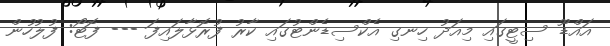
އައްޑޫ ސިޓީގައި މިއަދު ހިނގި އެކްސިޑެންޓުގައި ކާރު ފުރޮޅާލައިފަ --- ފޮޓޯ: ފުލުހުން